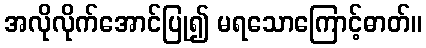
အလိုလိုက်အောင်ပြု၍ မရသောကြောင့်ဓာတ်။